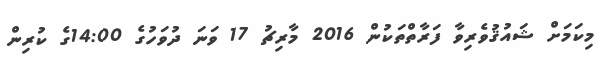
މިކަމަށް ޝައުޤުވެރިވާ ފަރާތްތަކުން 2016 މާރިޗު 17 ވަނަ ދުވަހުގެ 14:00ގެ ކުރިން